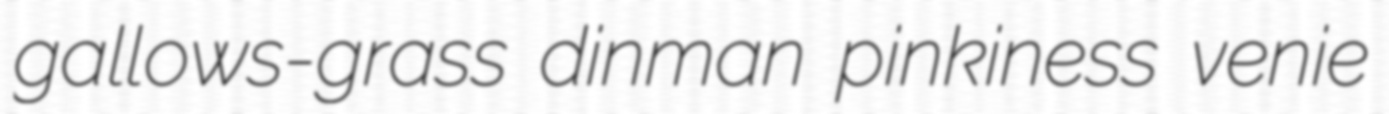
gallows-grass dinman pinkiness venie